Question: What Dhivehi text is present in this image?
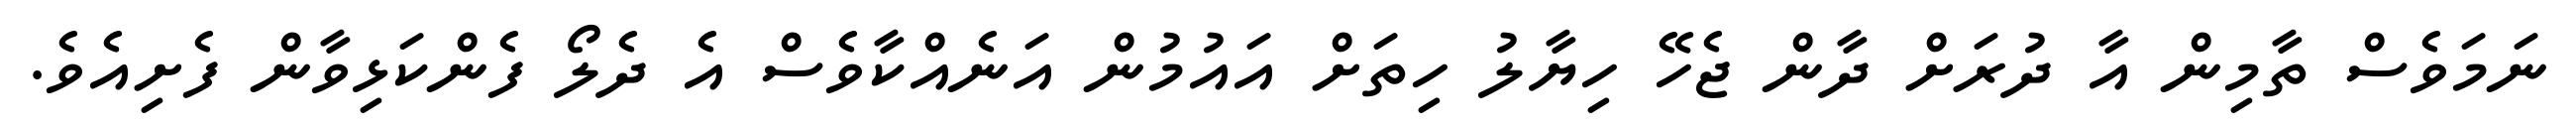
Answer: ނަމަވެސް ތާމިން އާ ދުރަށް ދާން ޖެހޭ ހިޔާލު ހިތަށް އައުމުން އަނެއްކާވެސް އެ ދެލޯ ފެންކަޅިވާން ފެށިއެވެ.